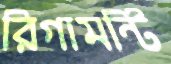
রিগামন্টি